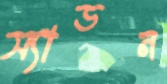
স্যাডন